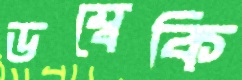
ডম্বেকি